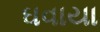
ઘવાયા